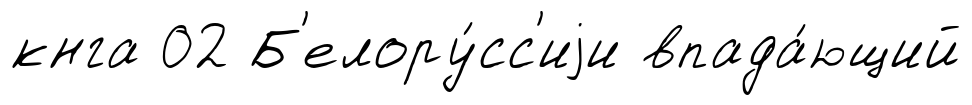
кнга 02 Б'елору́сс'иjи впада́ющий